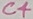
Text: C4